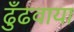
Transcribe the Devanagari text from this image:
ढुँढवाया